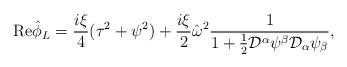
LaTeX: \begin{align*}{\mbox{Re}} \hat{\phi}_L = \frac{i\xi}{4}(\tau^2 + \psi^2) +\frac{i\xi}{2}\hat{\omega}^2\frac{1}{1 +\frac{1}{2} {\cal D}^{\alpha} \psi^{\beta}{\cal D}_{\alpha} \psi_{\beta}},\end{align*}